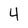
Character: 4